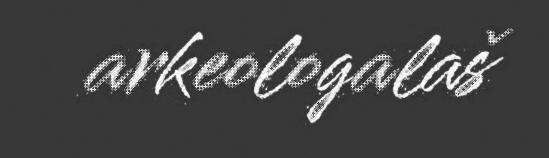
arkeologalaš